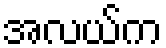
အလယ်က